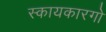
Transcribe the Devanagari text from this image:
स्कायकारगो